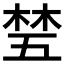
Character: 𬂽